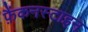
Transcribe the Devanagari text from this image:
फ़ैंकनस्टाइन